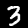
Label: 3